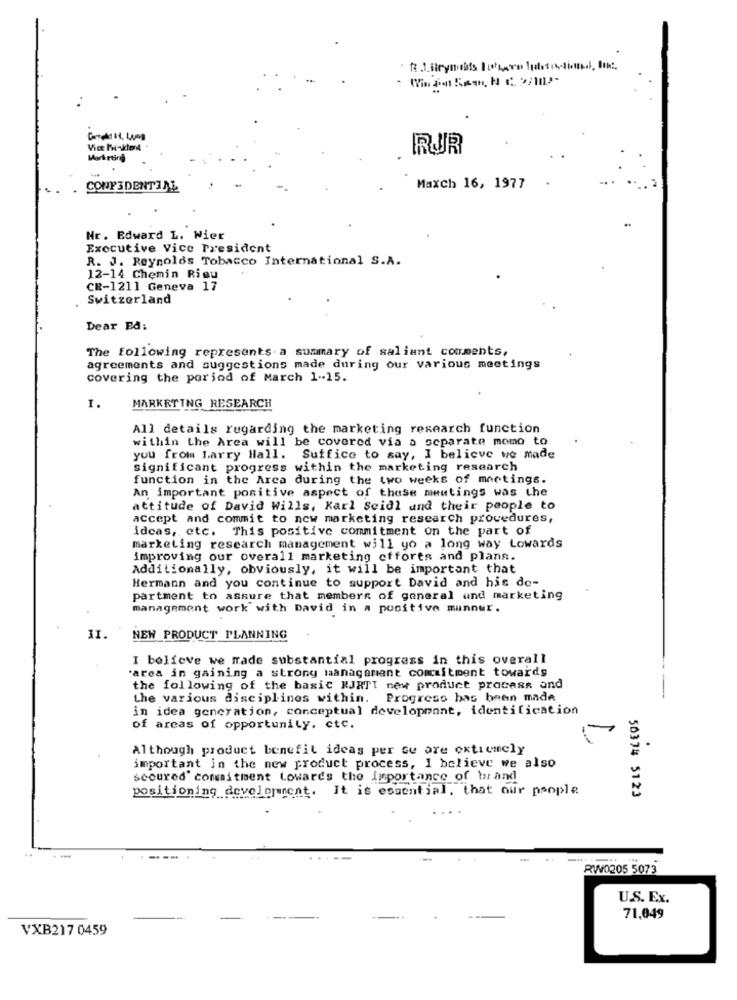
1.Strymots the plotin
RUR
Marketing
CONFIDENTIAL
Maxch 16, 1977
Nr. Edward L. Wier
Executive Vice President
R. J. Reynolds Tobacco International S.A.
12-14 Chemin Rieu
CR-1211 Geneva 17
Switzerland
Dear På:
The following represents.a summary of salient comments,
agreements and suggestions made during our various meetings
covering the period of March 1-15.
1.
MARKETING RESEARCH
All details regarding the marketing research function
within the Area will be covered via a separate momo to
you from Larry Hall. Suffice to say, I believe we made
significant progress within the marketing research
function in the Area during the two weeks of meetings.
An important positive aspect of these meutings was the
attitude of David Wills, Karl Seidl and their people to
accept and commit to new marketing research procedures,
ideas,etc. This positive commitment on the part of
marketing research management will yo a long way Lowards
improving our overall marketing efforts and plans.
Additionally, obviously, it will be important that
Hermann and you continue to support David and his de-
partment to assure that members of general und marketing
management work with David in a positive mannur.
II.
NEW PRODUCT PLANNING
I believe we made substantial progress in this overall
'area in gaining a strong management commitment towards
the following of the basic RJRTT new product process and
the various disciplines within. Progress has been made
in idea generation, conceptual development, identification
of areas of opportunity. etc.
Although product benefit ideas per su are extremely
important in the new product process, I believe we also
scoured" commitment Lowards the importance of brand
positioning development. It is essential, that our people
50374 5123
RW0205 5073
U.S. Ex.
71,049
VXB217 0459